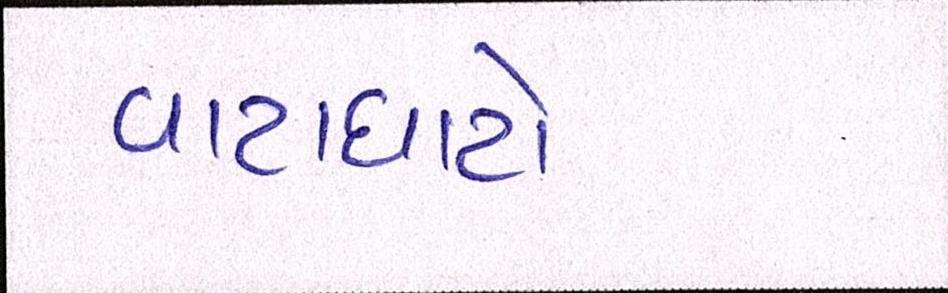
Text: વાટાઘાટો